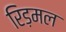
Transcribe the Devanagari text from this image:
रिड़मल